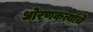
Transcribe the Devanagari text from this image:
धोरणकर्त्यांचे